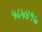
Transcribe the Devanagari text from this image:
५८५४१७